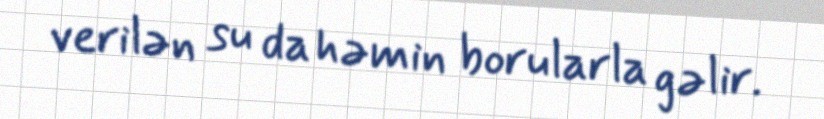
verilən su da həmin borularla gəlir.